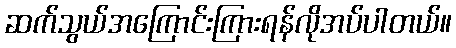
ဆက်သွယ်အကြောင်းကြားရန်လိုအပ်ပါတယ်။